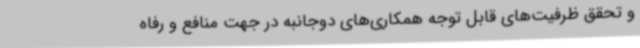
و تحقق ظرفیت‌های قابل توجه همکاری‌های دوجانبه در جهت منافع و رفاه